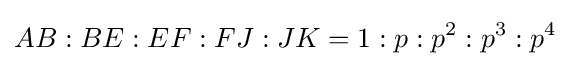
AB:BE:EF:FJ:JK=1:p:p^{2}:p^{3}:p^{4}